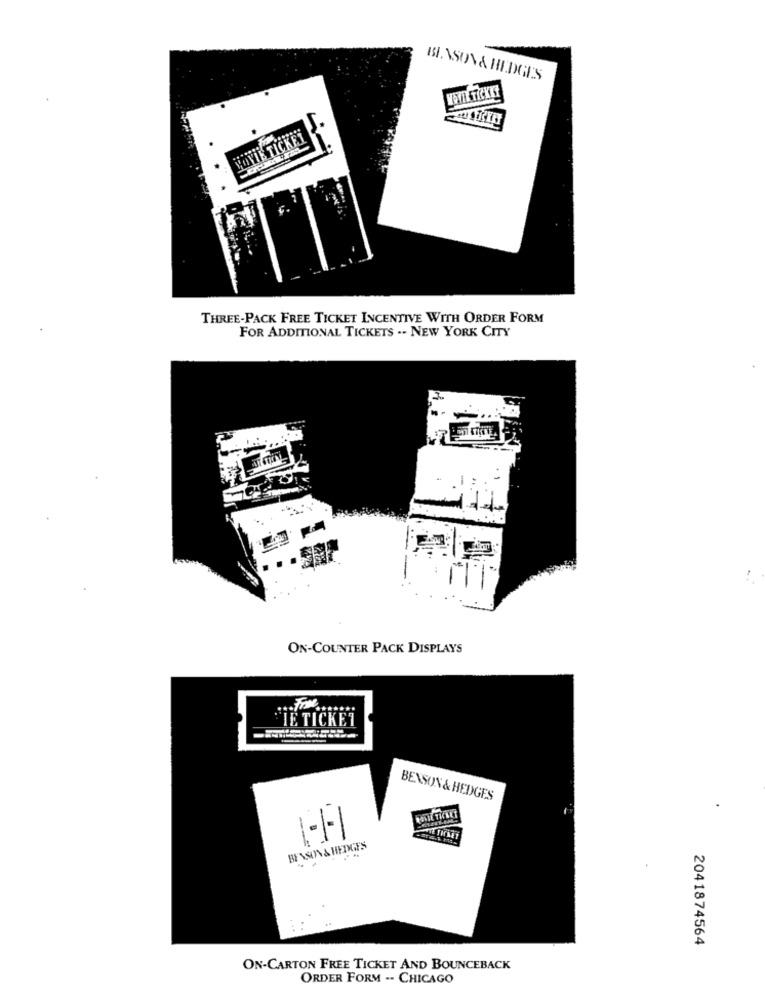
BINSON& HEDGES
VOYIE TICKET
THREE-PACK FREE TICKET INCENTIVE WITH ORDER FORM
FOR ADDITIONAL TICKETS .. NEW YORK CITY
ON-COUNTER PACK DISPLAYS
IE TICKET
BENSON & HEDGES
TE TICKET
BENSON & HEDGES
2041874564
ON-CARTON FREE TICKET AND BOUNCEBACK
ORDER FORM -. CHICAGO